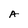
Character: A